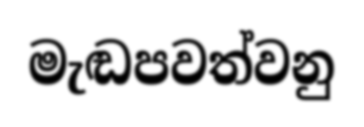
මැඬපවත්වනු